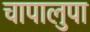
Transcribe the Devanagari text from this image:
चापालुपा